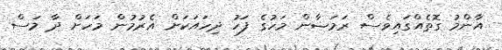
އާންމު ގޮތެއްގައިވެސް ރަމަޟާން މަހުގެ ފަހު ދިހައަކަށް އެރުމުން މަހަށް ދާ މަސް